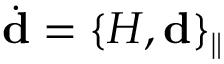
\dot { \bf d } = \{ H , { \bf d } \} _ { \parallel }